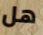
هل